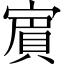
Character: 賔